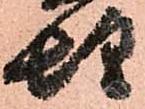
惶